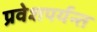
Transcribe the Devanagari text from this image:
प्रवेशपर्यन्त